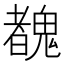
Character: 䰩